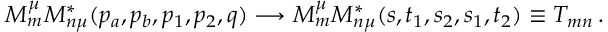
{ \cal M } _ { m } ^ { \mu } { \cal M } _ { n \mu } ^ { * } ( p _ { a } , p _ { b } , p _ { 1 } , p _ { 2 } , q ) \longrightarrow { \cal M } _ { m } ^ { \mu } { \cal M } _ { n \mu } ^ { * } ( s , t _ { 1 } , s _ { 2 } , s _ { 1 } , t _ { 2 } ) \equiv T _ { m n } \, .